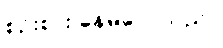
စဉ်းစား နေမိလေသည်။